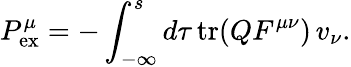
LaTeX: {P}_{\mathrm{ex}}^{\mu}=-\int_{-\infty}^{s}d\tau\, \mathrm{tr}(QF^{\mu\nu})\, v_{\nu}.